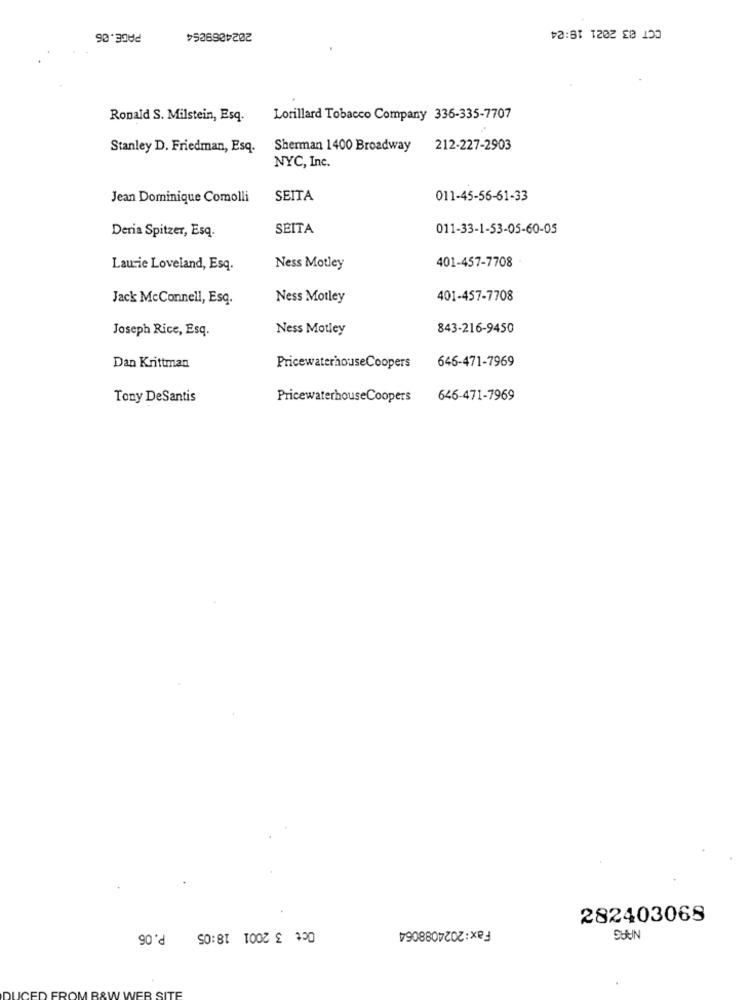
CCT 03 2021 19:24
PAGE.06
2024069854
Ronald S. Milstein, Esq.
Lorillard Tobacco Company 336-335-7707
Stanley D. Friedman, Esq.
Sherman 1400 Broadway
212-227-2903
NYC, Inc.
Jean Dominique Comolli
SEITA
011-45-56-61-33
SEITA
011-33-1-53-05-60-05
Deria Spitzer, Esq.
401-457-7708
Laurie Loveland, Esq.
Ness Motley
Jack McConnell, Esq.
Ness Motley
401-457-7708
Joseph Rice, Esq.
Ness Motley
843-216-9450
646-471-7969
Dan Krittman
PricewaterhouseCoopers
Tony DeSantis
PricewaterhouseCoopers
646-471-7969
Fax:2024088064
282403068
Oct 3 2001 18:05 P.06
SUUN